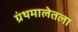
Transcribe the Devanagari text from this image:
ग्रंथमालेतला